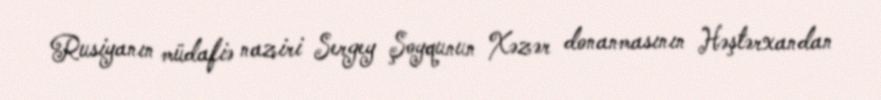
Rusiyanın müdafiə naziri Sergey Şoyqunun Xəzər donanmasının Həştərxandan